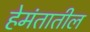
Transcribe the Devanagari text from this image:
हेमंतातील